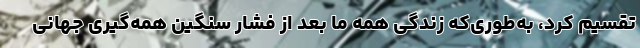
تقسیم کرد، به‌طوری‌که زندگی همه ما بعد از فشار سنگین همه‌گیری جهانی